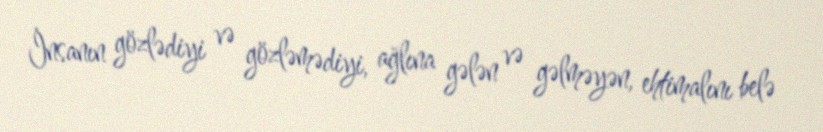
İnsanın gözlədiyi və gözləmədiyi, ağlına gələn və gəlməyən, ehtimalını belə